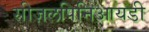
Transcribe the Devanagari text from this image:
सीज़लपिनिआयडी